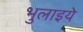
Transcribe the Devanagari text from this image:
भुलाइये